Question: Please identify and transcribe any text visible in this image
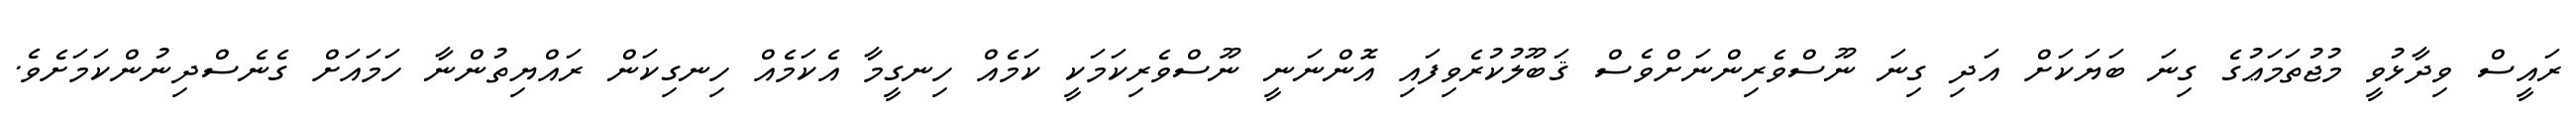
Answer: ރައީސް ވިދާޅުވީ މުޖުތަމަޢުގެ ގިނަ ބަޔަކަށް އަދި ގިނަ ނޫސްވެރިންނަށްވެސް ޤަބޫލުކުރެވިފައި އޮންނަނީ ނޫސްވެރިކަމަކީ ކަމެއް ހިނގީމާ އެކަމެއް ހިނގިކަން ރައްޔިތުންނާ ހަމައަށް ގެނެސްދިނުންކަމަށެވެ.